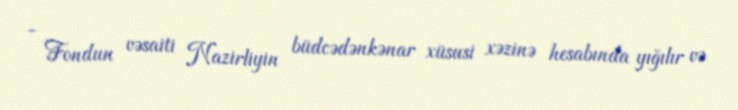
- Fondun vəsaiti Nazirliyin büdcədənkənar xüsusi xəzinə hesabında yığılır və